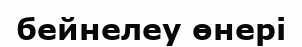
бейнелеу өнері